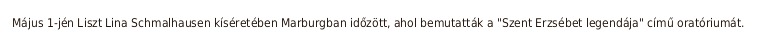
Május 1-jén Liszt Lina Schmalhausen kíséretében Marburgban időzött, ahol bemutatták a "Szent Erzsébet legendája" című oratóriumát.